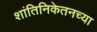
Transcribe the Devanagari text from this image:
शांतिनिकेतनच्या